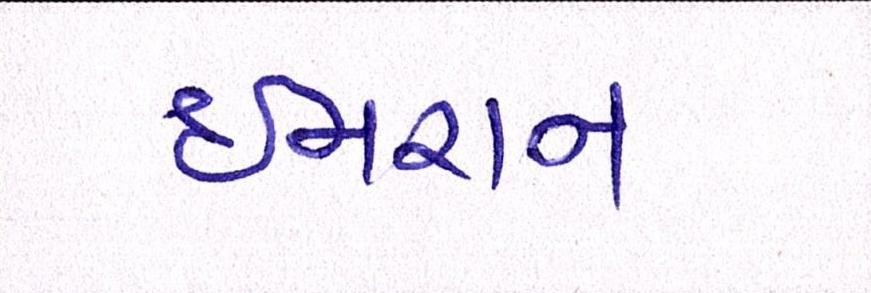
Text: ઈમરાન